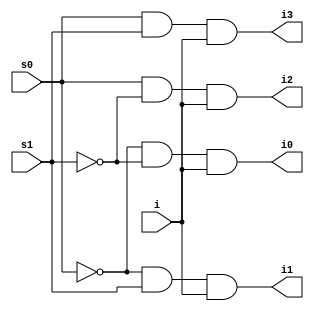
module demux(i, s0, s1, i0, i1, i2, i3);
input i, s0, s1; 
output i0, i1, i2, i3; 
wire w1, w2; 

assign w1 = ~s0; 
assign w2 = ~s1; 

assign i0 = w1 & w2 & i; 
assign i1 = w1 & s1 & i; 
assign i2 = s0 & w2 & i; 
assign i3 = s0 & s1 & i; 

endmodule

module test; 
reg i , s0, s1; 
wire i0, i1, i2, i3; 

demux i34(i, s0, s1, i0, i1, i2, i3);

initial 
    begin 
        i = 1'b1; s0 = 1'b0 ; s1 = 1'b0; 
        $monitor("Time= %0t  i = %b  s0 = %b  s1 = %b  i0 = %b i1 = %b i2 = %b i3 = %b", $time, i, s0, s1, i0, i1, i2, i3);
       #5 i = 1'b1; s0 = 1'b0 ; s1 = 1'b1; 
       #5 i = 1'b1; s0 = 1'b1 ; s1 = 1'b0; 
       #5 i = 1'b1; s0 = 1'b1 ; s1 = 1'b1; 
    end
endmodule